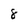
Character: 8